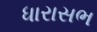
ધારાસભ